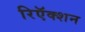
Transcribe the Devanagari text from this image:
रिऍक्शन